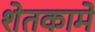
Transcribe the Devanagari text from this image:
शेतकामे